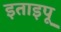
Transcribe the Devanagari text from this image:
इताइपू